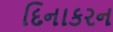
દિનાકરન